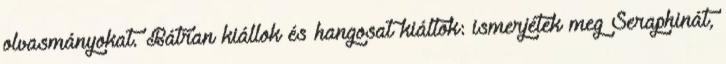
olvasmányokat. Bátran kiállok és hangosat kiáltok: ismerjétek meg Seraphinát,